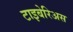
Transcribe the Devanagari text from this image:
टाइबेरिअस